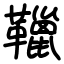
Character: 䪉